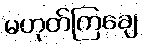
မဟုတ်ကြချေ